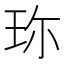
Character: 珎